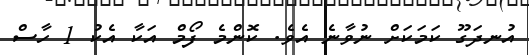
އުނދަގޫ ކަމަކަށް ނުވާނެ އެވެ. ކޮންމެ ފޯމް އަކާ އެކު 1 ހާސް